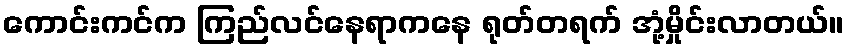
ကောင်းကင်က ကြည်လင်နေရာကနေ ရုတ်တရက် အုံ့မှိုင်းလာတယ်။